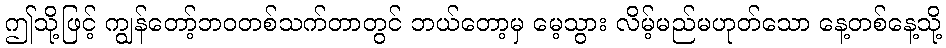
ဤသို့ဖြင့် ကျွန်တော့်ဘဝတစ်သက်တာတွင် ဘယ်တော့မှ မေ့သွား လိမ့်မည်မဟုတ်သော နေ့တစ်နေ့သို့